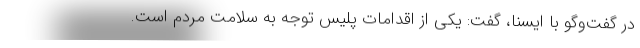
در گفت‌وگو با ایسنا، گفت: یکی از اقدامات پلیس توجه به سلامت مردم است.